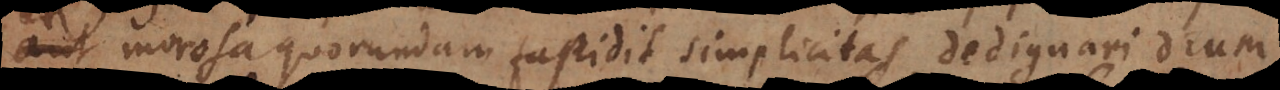
aut morosa quorundam fastidit simplicitas, dedignari Deum